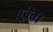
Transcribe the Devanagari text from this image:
पूर्वत।